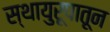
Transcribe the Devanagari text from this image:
स्थायुरूपातून